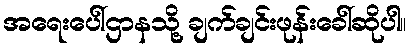
အရေးပေါ်ဌာနသို့ ချက်ချင်းဖုန်းခေါ်ဆိုပါ။